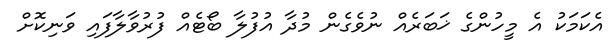
އެކަމަކު އެ މީހުންގެ ޚަބަރެއް ނުވެގެން މުދާ އުފުލާ ބޯޓެއް ފުރުވާލާފައި ވަނިކޮށް